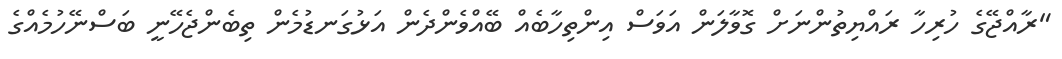
"ރާއްޖޭގެ ހުރިހާ ރައްޔިތުންނަށް ގޮވާލަން އަވަސް އިންތިހާބެއް ބޭއްވެންދެން އަޅުގަނޑުމެން ތިބެންޖެހޭނީ ބަސްނޭހުމެއްގެ